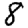
Digit: 8